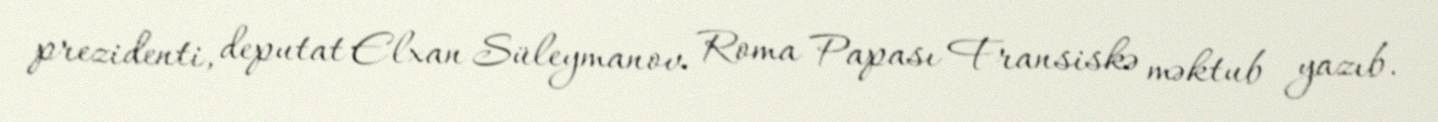
prezidenti, deputat Elxan Süleymanov Roma Papası Fransiskə məktub yazıb.